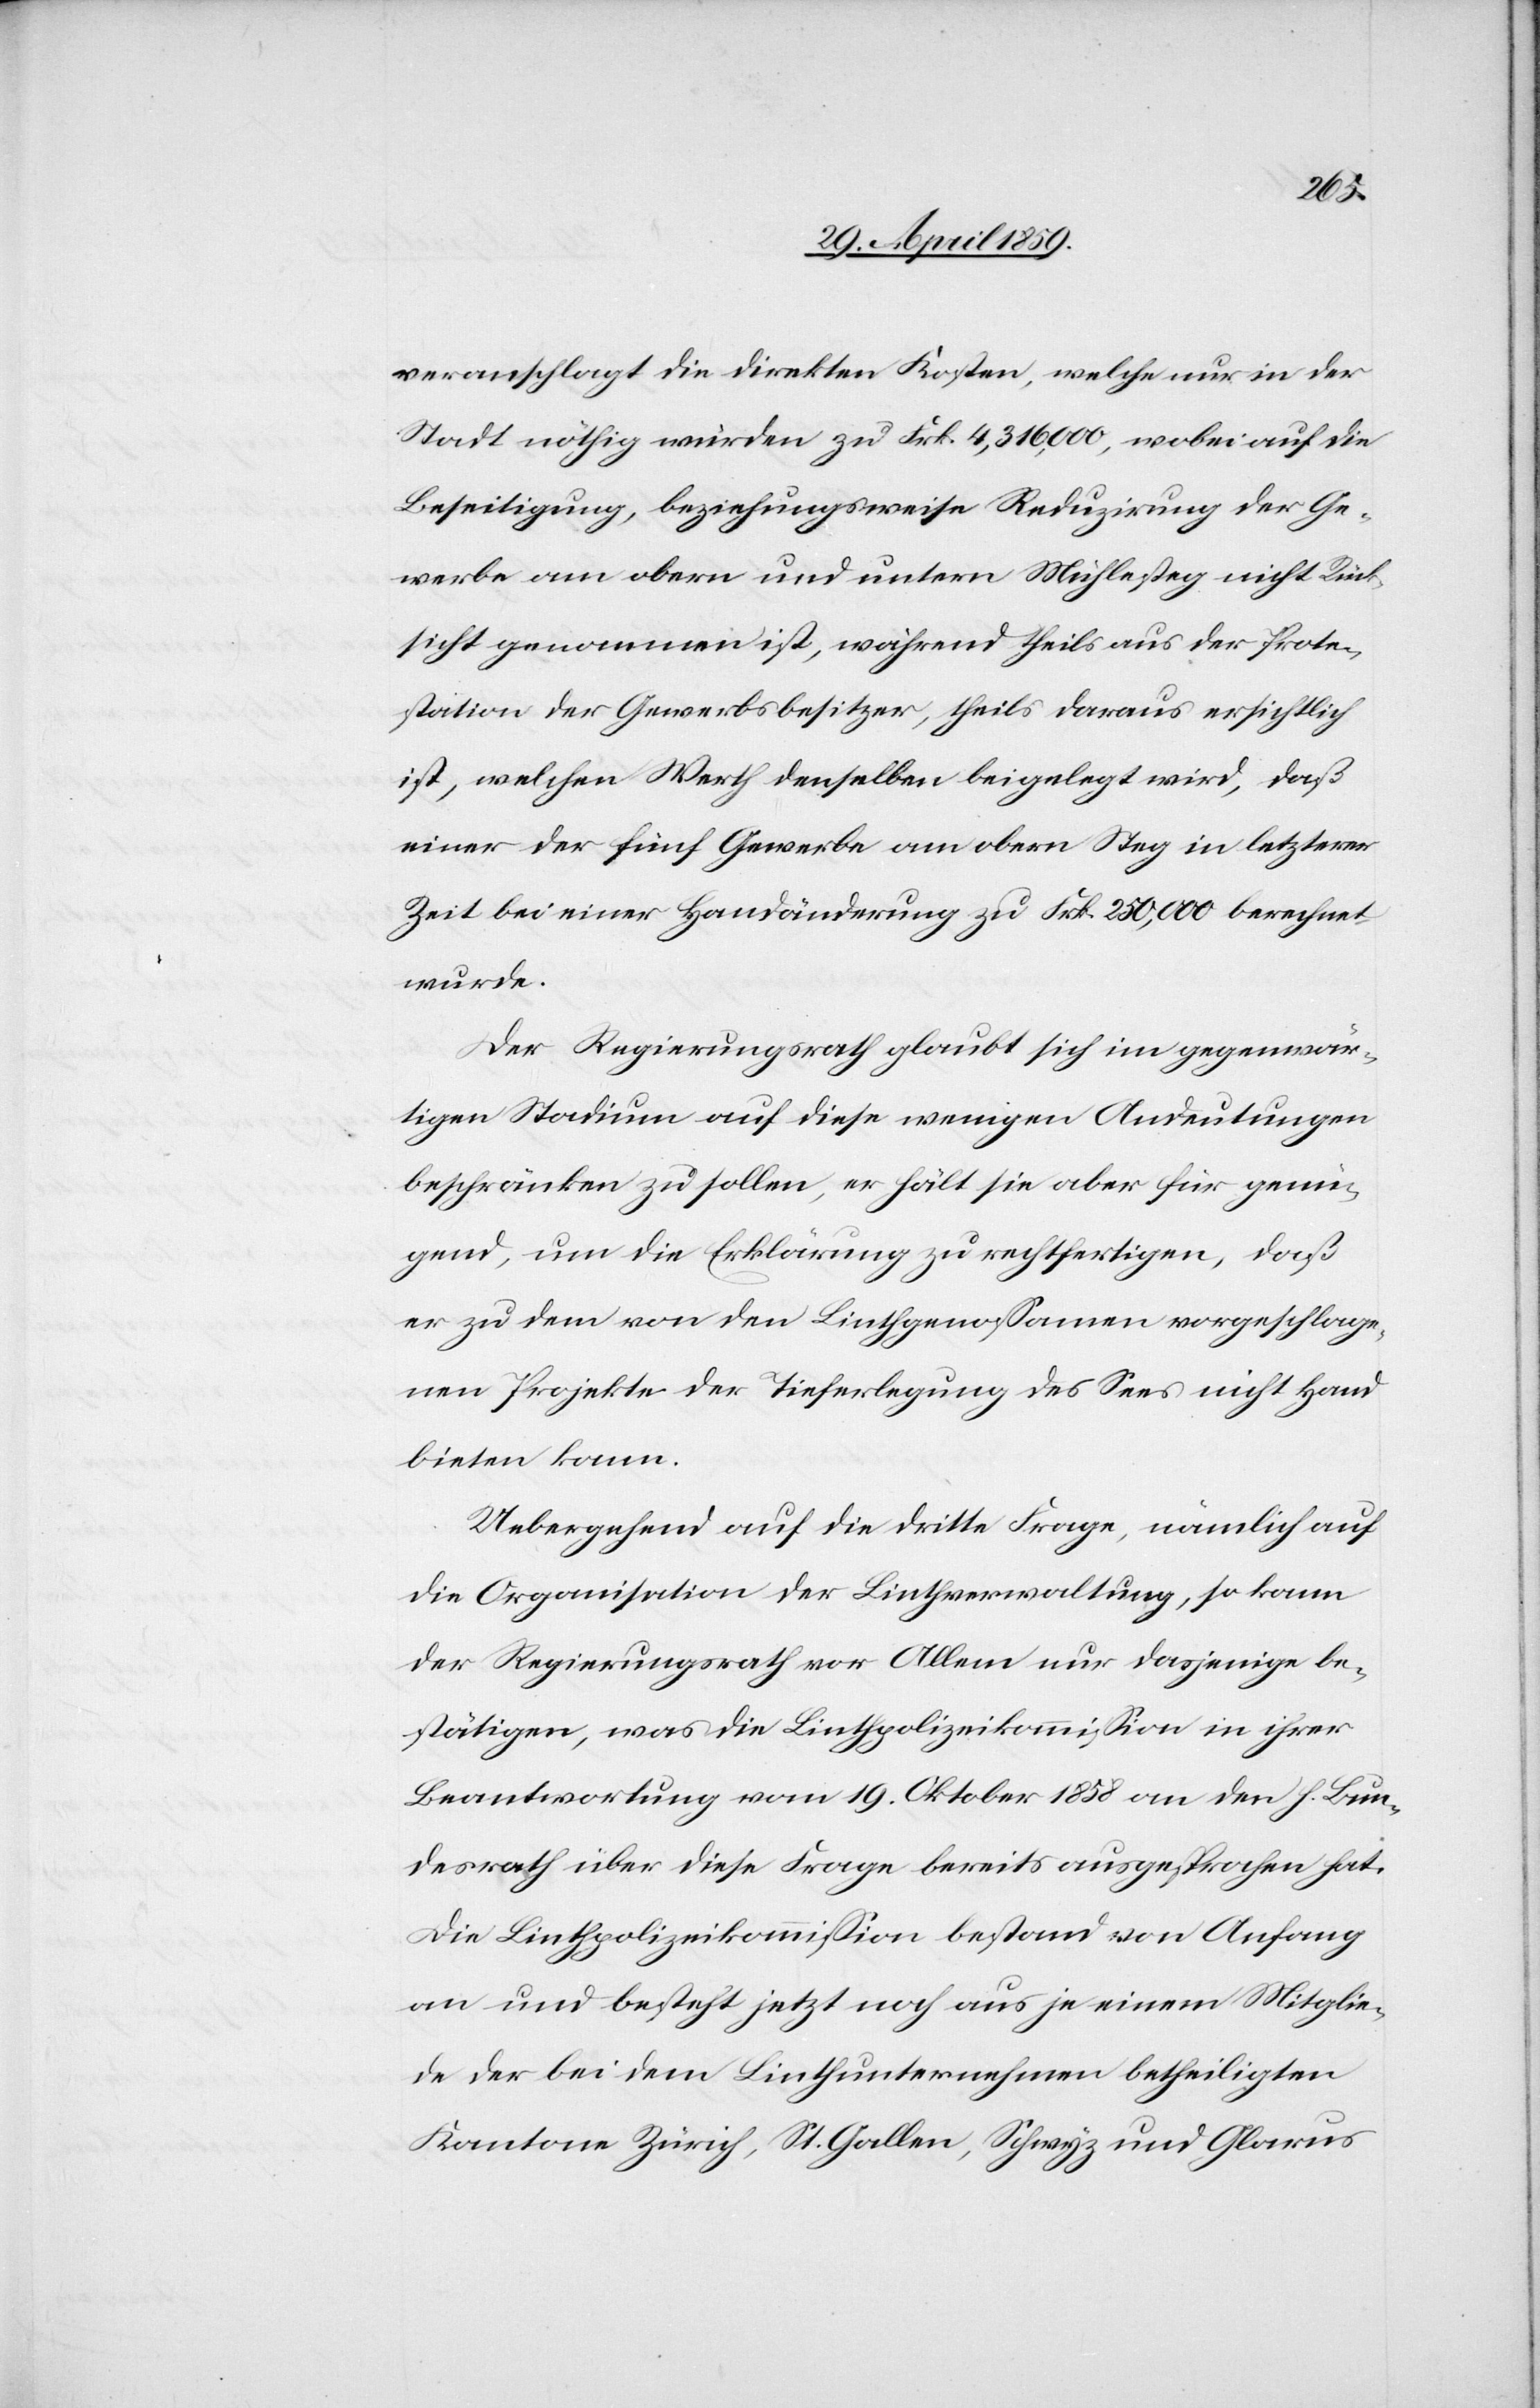
veranschlagt die direkten Kosten, welche nur in der
Stadt nöthig würden zu Frk. 4,316,000, wobei auf die
Beseitigung, beziehungsweise Reduzirung der Ge¬
werbe am obern und untern Mühlesteg nicht Rück¬
sicht genommen ist, während theils aus der Prote¬
station der Gewerbsbesitzer, theils daraus ersichtlich
ist, welchen Werth denselben beigelegt wird, daß
einer der fünf Gewerbe am obern Steg in letzterer
Zeit bei einer Handänderung zu Frk. 250,000 berechnet
wurde.
Der Regierungsrath glaubt sich im gegenwär¬
tigen Stadium auf diese wenigen Andeutungen
beschränken zu sollen, er hält sie aber für genü¬
gend, um die Erklärung zu rechtfertigen, daß
er zu dem von den Linthgenoßamen vorgeschlage¬
nen Projekte der Tieferlegung des Sees nicht Hand
bieten kann.
Uebergehend auf die dritte Frage, nämlich auf
die Organisation der Linthverwaltung, so kann
der Regierungsrath vor Allem nur dasjenige be¬
stätigen, was die Linthpolizeikommißion in ihrer
Beantwortung vom 19. Oktober 1858 an den h. Bun¬
desrath über diese Frage bereits ausgesprochen hat.
Die Linthpolizeikommißion bestand von Anfang
an und besteht jetzt noch aus je einem Mitglie¬
de der bei dem Linthunternehmen betheiligten
Kantone Zürich, St. Gallen, Schwyz und Glarus